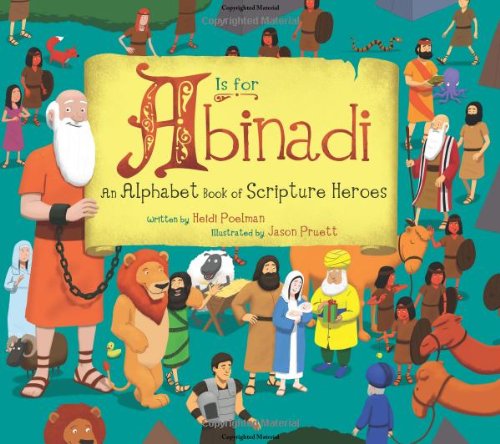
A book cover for A is for Abinadi: An Alphabet Book of Scripture Heroes; Heidi Poelman; Christian Books & Bibles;